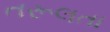
તરૂલતા